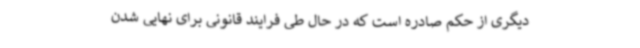
دیگری از حکم صادره است که در حال طی فرایند قانونی برای نهایی شدن